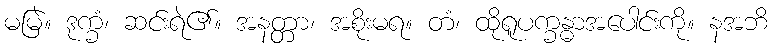
မမြဲ။ ဒုက္ခံ၊ ဆင်းရဲ၏။ အနတ္တာ၊ အစိုးမရ။ တံ၊ ထိုရူပက္ခန္ဓာအပေါင်းကို။ နအဘိ